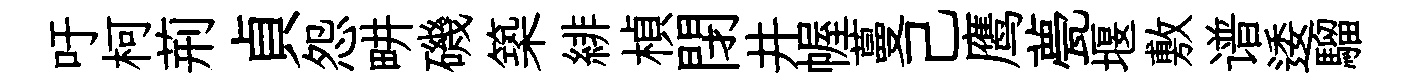
吁柯荊貞怨畊磯築緋楨閉井幄蔓己鹰甍堰敷谱逶騮